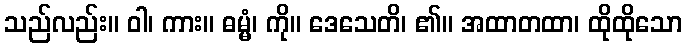
သည်လည်း။ ဝါ၊ ကား။ ဓမ္မံ၊ ကို။ ဒေသေတိ၊ ၏။ အထာတထာ၊ ထိုထိုသော